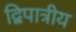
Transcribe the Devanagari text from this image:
द्विपात्रीय